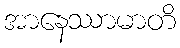
အာနေဿာမာတိ